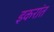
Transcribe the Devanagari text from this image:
इकरांत